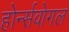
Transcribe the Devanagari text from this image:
होर्न्सवोगल